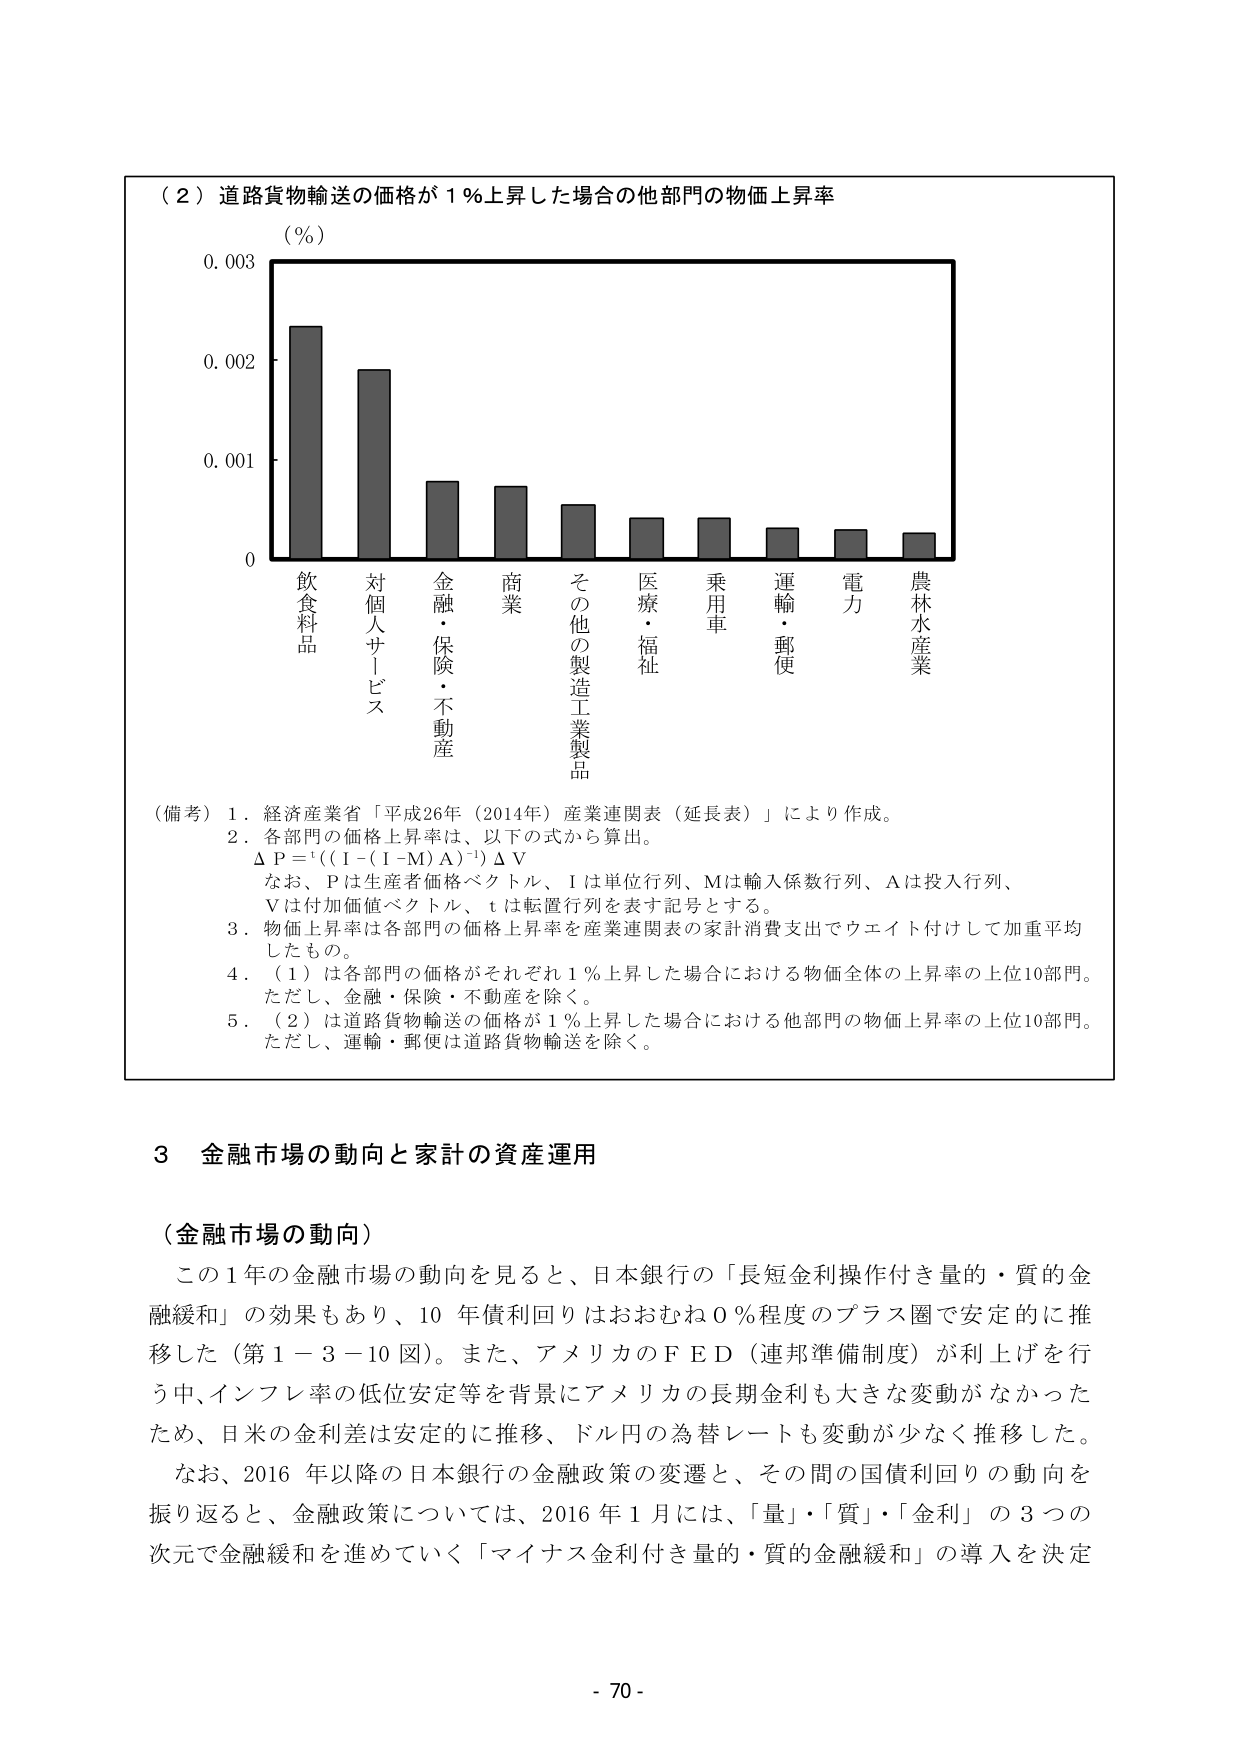
（２）道路貨物輸送の価格が１％上昇した場合の他部門の物価上昇率
（％）
0.003
0.002
0.001
0

飲食料品
対個人サービス
金融・保険・不動産
商業
その他の製造工業製品
医療・福祉
乗用車
運輸・郵便
電力
農林水産業

（備考）１．経済産業省「平成26年（2014年）産業連関表（延長表）」により作成。
２．各部門の価格上昇率は、以下の式から算出。
　　ΔＰ＝ｔ((Ｉ－(Ｉ－Ｍ)Ａ)⁻¹)ΔＶ
　　なお、Ｐは生産者価格ベクトル、Ｉは単位行列、Ｍは輸入係数行列、Ａは投入行列、
　　Ｖは付加価値ベクトル、ｔは転置行列を表す記号とする。
３．物価上昇率は各部門の価格上昇率を産業連関表の家計消費支出でウエイト付けして加重平均
　　したもの。
４．（１）は各部門の価格がそれぞれ１％上昇した場合における物価全体の上昇率の上位10部門。
　　ただし、金融・保険・不動産を除く。
５．（２）は道路貨物輸送の価格が１％上昇した場合における他部門の物価上昇率の上位10部門。
　　ただし、運輸・郵便は道路貨物輸送を除く。

３ 金融市場の動向と家計の資産運用

（金融市場の動向）
この１年の金融市場の動向を見ると、日本銀行の「長短金利操作付き量的・質的金融緩和」の効果もあり、10年債利回りはおおむね０％程度のプラス圏で安定的に推移した（第１－３－10図）。また、アメリカのＦＥＤ（連邦準備制度）が利上げを行う中、インフレ率の低位安定等を背景にアメリカの長期金利も大きな変動がなかったため、日米の金利差は安定的に推移、ドル円の為替レートも変動が少なく推移した。
なお、2016年以降の日本銀行の金融政策の変遷と、その間の国債利回りの動向を振り返ると、金融政策については、2016年１月には、「量」・「質」・「金利」の３つの次元で金融緩和を進めていく「マイナス金利付き量的・質的金融緩和」の導入を決定

- 70 -